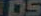
105